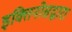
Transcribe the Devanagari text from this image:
इक्तिनोसद्वारा